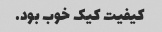
کیفیت کیک خوب بود.